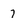
Character: 7